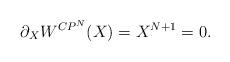
LaTeX: \begin{align*}\partial_{X}W^{CP^{N}}(X)=X^{N+1}=0.\end{align*}